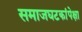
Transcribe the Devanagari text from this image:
समाजघटकांपेक्षा